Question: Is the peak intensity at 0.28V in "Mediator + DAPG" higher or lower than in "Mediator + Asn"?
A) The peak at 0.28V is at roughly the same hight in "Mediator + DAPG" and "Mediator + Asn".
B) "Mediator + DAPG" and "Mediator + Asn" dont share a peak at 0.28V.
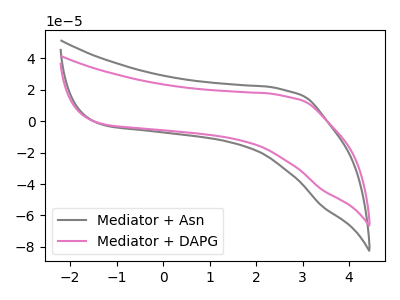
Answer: <think>The gray curve "Mediator + Asn" has no peaks. The pink curve "Mediator + DAPG" has no peaks.</think>
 <answer>B) "Mediator + DAPG" and "Mediator + Asn" dont share a peak at 0.28V.</answer>
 <eval>B</eval>